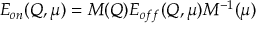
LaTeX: E _ { o n } ( Q , \mu ) = M ( Q ) E _ { o f f } ( Q , \mu ) M ^ { - 1 } ( \mu )